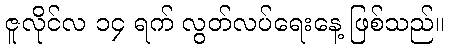
ဇူလိုင်လ ၁၄ ရက် လွတ်လပ်ရေးနေ့ ဖြစ်သည်။